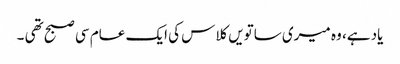
یاد ہے، وہ میری ساتویں کلاس کی ایک عام سی صبح تھی ۔